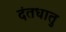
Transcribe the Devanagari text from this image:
दंतधातु